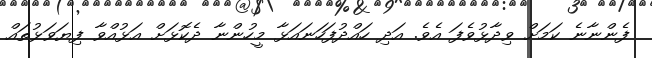
ފެންނާނެ ކަމަށް ވިދާޅުވެފަ އެވެ. އަދި ހައްދުފަހަނައަޅާ މީހުންނާ ދެކޮޅަށް އަޅުއްވާ ފިޔަވަޅުތައް